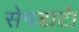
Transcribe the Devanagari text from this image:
सेनडार्ट।